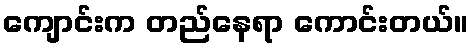
ကျောင်းက တည်နေရာ ကောင်းတယ်။